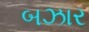
બઝાર